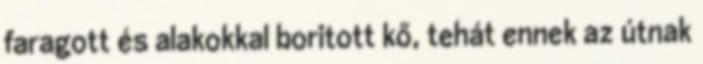
faragott és alakokkal boritott kő, tehát ennek az útnak